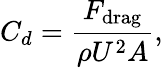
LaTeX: C_{d}=\frac{F_{\mathrm{drag}}}{\rho U^{2}A},